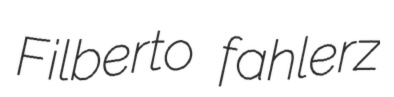
Filberto fahlerz